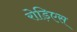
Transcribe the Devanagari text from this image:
रोड़िएस